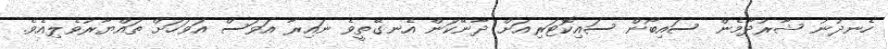
ހެނދުނު ޝާރުދާމެން ސައިބޯން ސައިކޮޓަރިއަށް ދާނޭކަން އެނގޭތީވެ ނައިރާ އަވަސް އަވަހަށް ތައްޔާރުވެލިއެވެ.